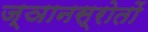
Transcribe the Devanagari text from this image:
ज्ञानस्रोतों